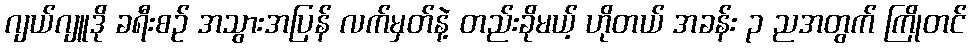
ဂျယ်ဂျူဒို ခရီးစဉ် အသွားအပြန် လက်မှတ်နဲ့ တည်းခိုမယ့် ဟိုတယ် အခန်း ၃ ညအတွက် ကြိုတင်